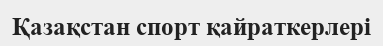
Қазақстан спорт қайраткерлері